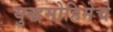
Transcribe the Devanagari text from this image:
युद्धमोहिमेचे